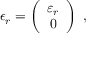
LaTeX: \epsilon _ { r } = \left( \begin{array} { c } { { \varepsilon _ { r } } } \\ { { 0 } } \end{array} \right) \ ,